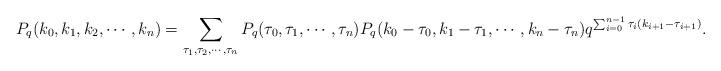
LaTeX: \begin{align*}P_q(k_0,k_1,k_2,\cdots, k_n)=\sum_{\tau_1,\tau_2,\cdots,\tau_n}P_q(\tau_0,\tau_1,\cdots,\tau_n)P_q(k_0-\tau_0,k_1-\tau_1,\cdots,k_n-\tau_n)q^{\sum_{i=0}^{n-1}\tau_i(k_{i+1}-\tau_{i+1})}.\end{align*}